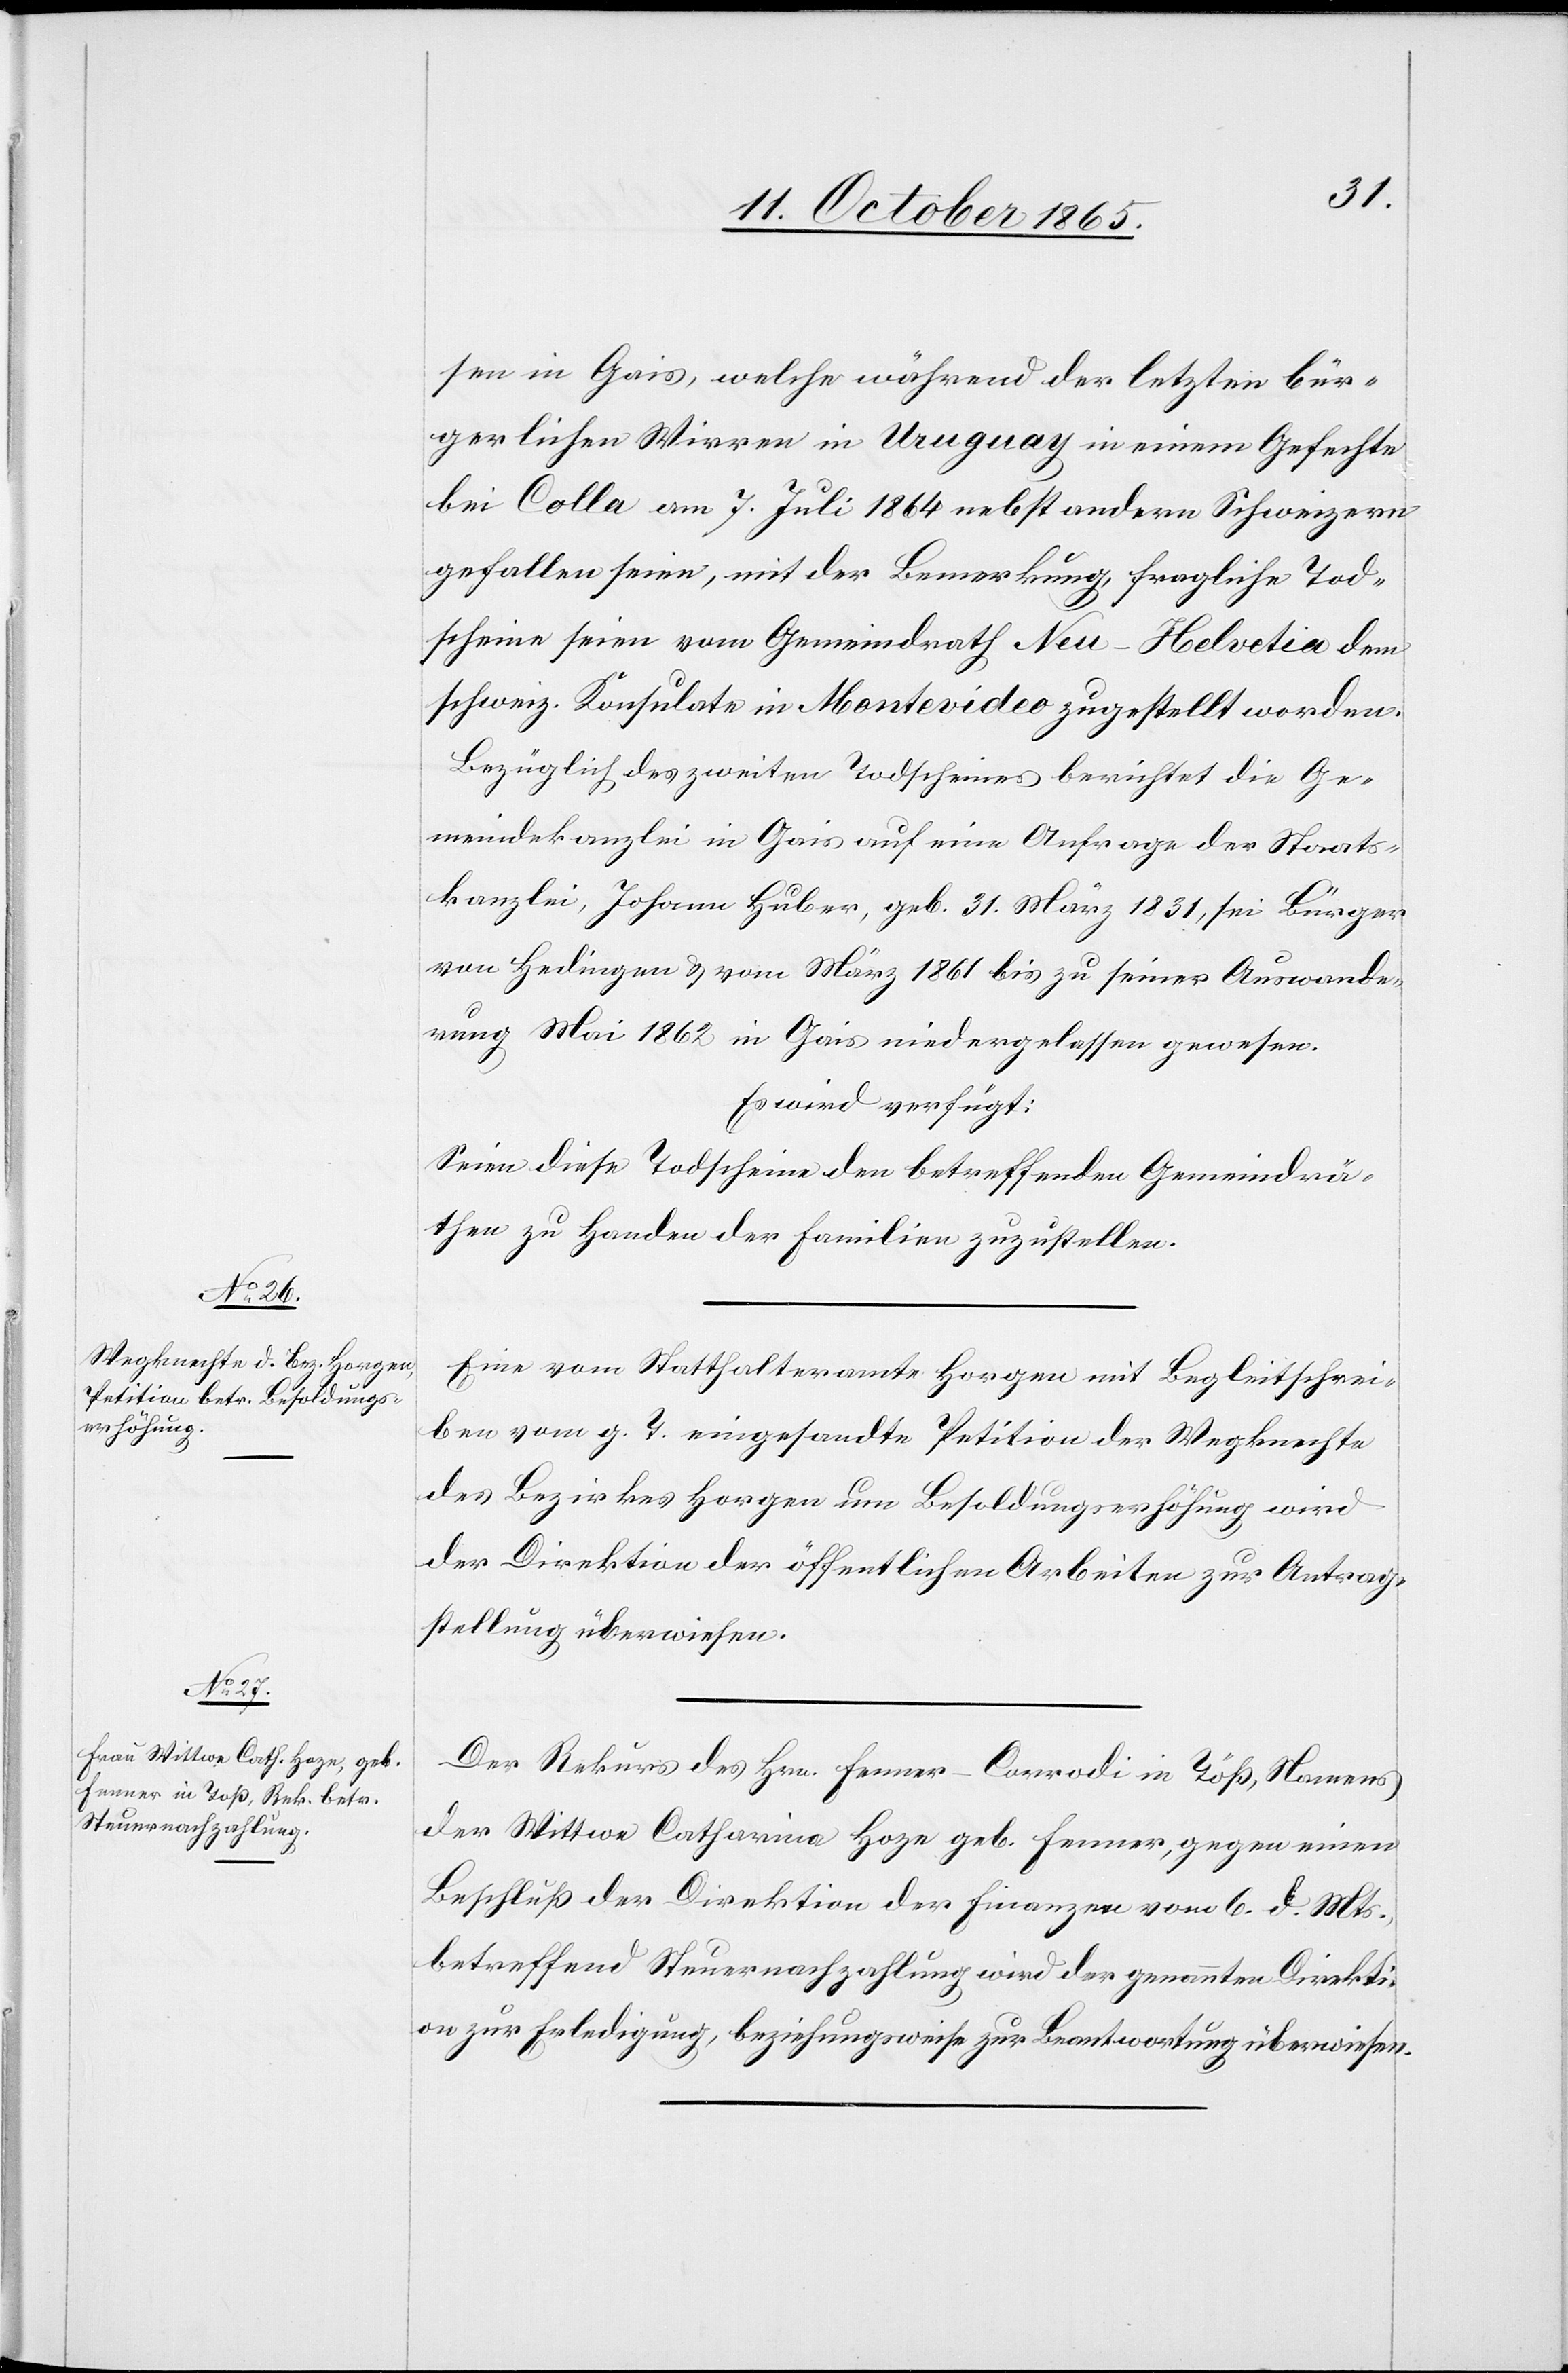
12. October 1865.]
sen in Gais, welche während der letzten bür¬
gerlichen Wirren in Uruguay in einem Gefechte
bei Colla am 7. Juli 1864 nebst andern Schweizern
gefallen seien, mit der Bemerkung, fragliche Tod¬
scheine seien vom Gemeindrath Neu-Helvetia dem
schweiz. Konsulate in Montevideo zugestellt worden.
Bezüglich des zweiten Todscheines berichtet die Ge¬
meindekanzlei in Gais auf eine Anfrage der Staats¬
kanzlei, Johann Huber, geb. 31. März 1831, sei Bürger
von Hedingen & vom März 1861 bis zu seiner Auswande¬
rung Mai 1862 in Gais niedergelassen gewesen.
Es wird verfügt:
Seien diese Todscheine den betreffenden Gemeindrä¬
then zu Handen der Familien zuzustellen.
Eine vom Statthalteramte Horgen mit Begleitschrei¬
ben vom g. T. eingesandte Petition der Wegknechte
des Bezirkes Horgen um Besoldungserhöhung wird
der Direktion der öffentlichen Arbeiten zur Antrag¬
stellung überwiesen.
Der Rekurs des Hrn. Fenner-Corrodi in Töß, Namens
der Wittwe Catharina Hoze geb. Fenner, gegen einen
Beschluß der Direktion der Finanzen vom 6. d. Mts.,
betreffend Steuernachzahlung wird der genannten Direkti¬
on zur Erledigung, beziehungsweise zur Beantwortung überwiesen.